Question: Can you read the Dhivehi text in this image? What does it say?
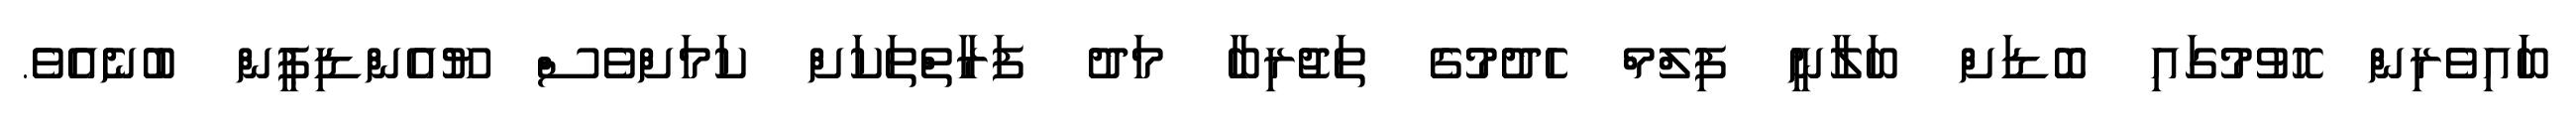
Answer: ބަައިވެރިން ހޮވުމުގައި ބޮޑަށް ބަލާނީ ފިލްމް ހެދުމުގެ ތަޖުރިބާ މަދު ފަރާތްތަކަށް ކަމަށްވެސް ޔޫއެންޑިޕީން ބުނެއެވެ.